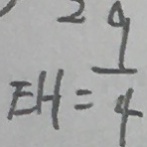
E H = \frac { 9 } { 4 }